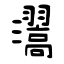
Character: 瀥